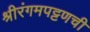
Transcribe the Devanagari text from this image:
श्रीरंगमपट्टणची